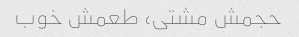
حجمش مشتی، طعمش خوب